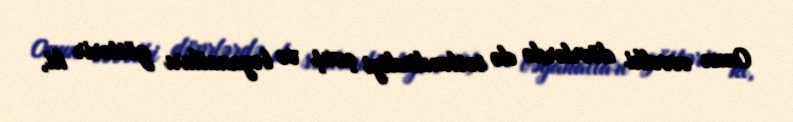
Onun əvvəlki dövrlərdə də səsləndirdiyi çıxış və bəyanatları göstərir ki,